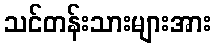
သင်တန်းသားများအား